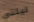
ليلتي